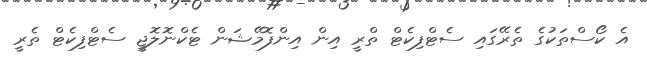
އެ ކޯސްތަކުގެ ތެރޭގައި ސެޓްފިކެޓް ތްރީ އިން އިންފޮމޭޝަން ޓެކްނޮލޮޖީ ސެޓްފިކެޓް ތެރީ